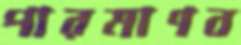
পারমাণব